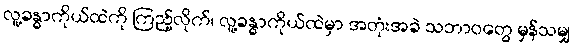
လူ့ခန္ဓာကိုယ်ထဲကို ကြည့်လိုက်၊ လူ့ခန္ဓာကိုယ်ထဲမှာ အတုံးအခဲ သဘာဝတွေ မှန်သမျှ